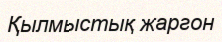
Қылмыстық жаргон